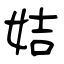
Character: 姞